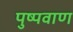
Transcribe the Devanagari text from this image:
पुष्पवाण